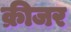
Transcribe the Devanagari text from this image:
क्रीजर